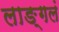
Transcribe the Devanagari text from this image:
लाङ्गलं